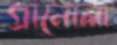
গ্রানোলা